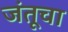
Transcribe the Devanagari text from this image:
जंतूचा